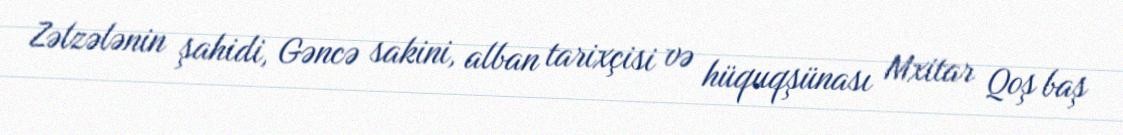
Zəlzələnin şahidi, Gəncə sakini, alban tarixçisi və hüquqşünası Mxitar Qoş baş